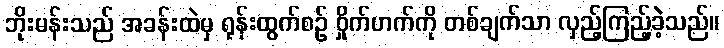
ဘိုးမန်းသည် အခန်းထဲမှ ရုန်းထွက်စဉ် ဝှိုက်ဟက်ကို တစ်ချက်သာ လှည့်ကြည့်ခဲ့သည်။